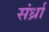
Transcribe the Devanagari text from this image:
संर्ध्रा